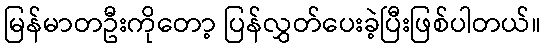
မြန်မာတဦးကိုတော့ ပြန်လွှတ်ပေးခဲ့ပြီးဖြစ်ပါတယ်။